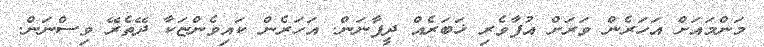
މަންމައަށް އަހަރެން ވަރަށް އުފާވެރި ޚަބަރެއް ދީފާނަން. އަހަރެން ކައިވެންޏަކާ ދޭތެރޭ ވިސްނަން.